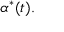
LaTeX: \alpha ^ { * } ( t ) .